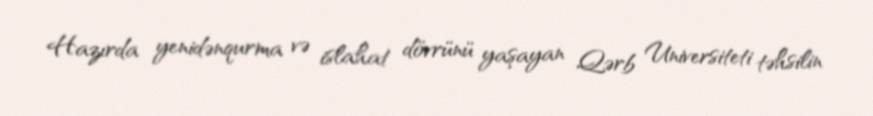
Hazırda yenidənqurma və islahat dövrünü yaşayan Qərb Universiteti təhsilin